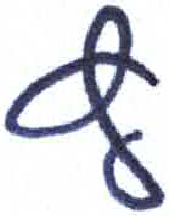
אות: ץ